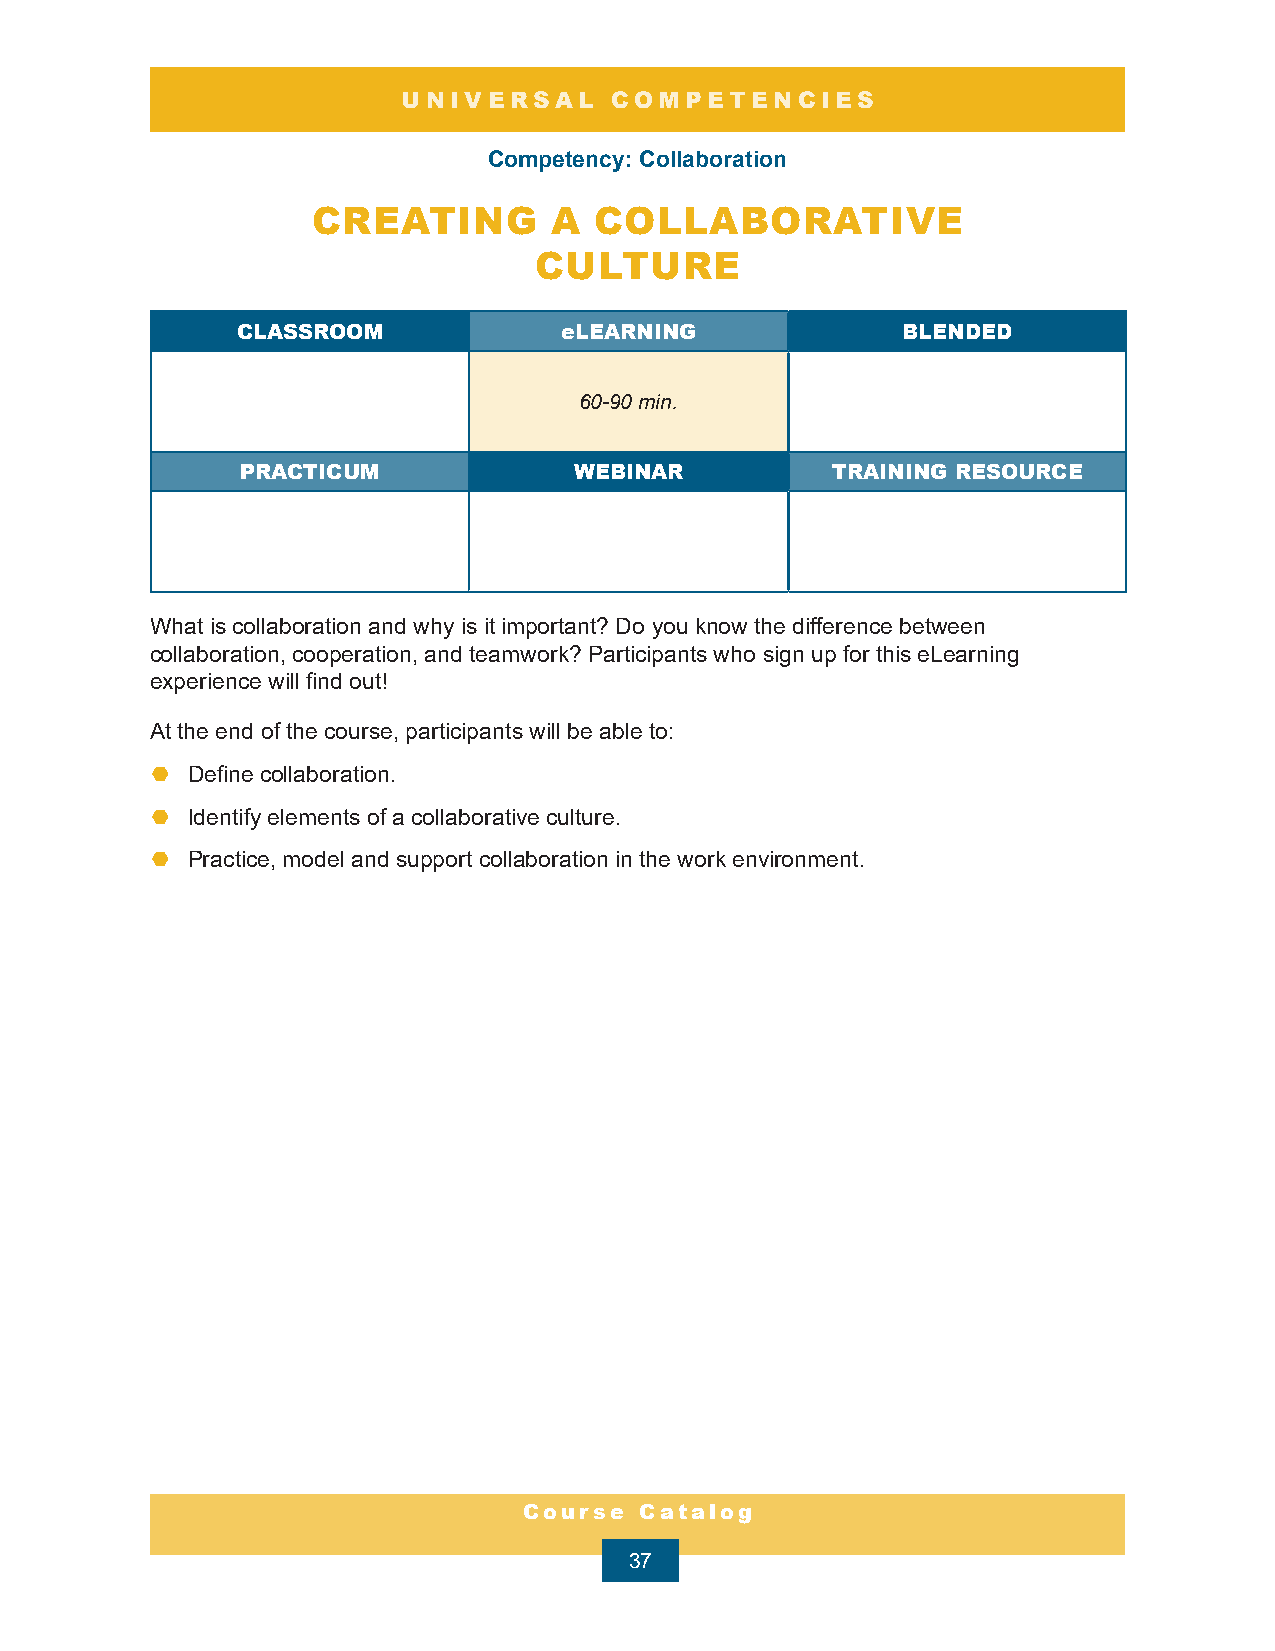
UNIVERSAL    COMPETENCIES
 Competency: Collaboration
 CREATING       A  COLLABORATIVE
 CULTURE
 CLASSROOM            eLEARNING              BLENDED
 60-90 min.
 PRACTICUM             WEBINAR          TRAINING RESOURCE
 What is collaboration and why is it important? Do you know the difference between
 collaboration, cooperation, and teamwork? Participants who sign up for this eLearning
 experience will find out!
 At the end of the course, participants will be able to:
 ¤ Define collaboration.
 ¤ Identify elements of a collaborative culture.
 ¤ Practice, model and support collaboration in the work environment.
 Course Catalog
 37